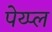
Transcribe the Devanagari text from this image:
पेय्प्ल